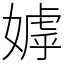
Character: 嫭